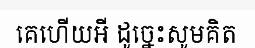
គេហើយអី ដូច្នេះសូមគិត